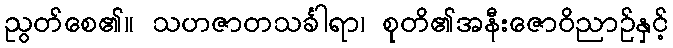
ညွတ်စေ၏။ သဟဇာတသင်္ခါရာ၊ စုတိ၏အနီးဇောဝိညာဉ်နှင့်